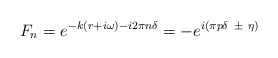
\begin{align*}F_n = e^{-k(r+i\omega ) -i2\pi n\delta} = - e^{i(\pi p\delta \ \pm\ \eta)}\end{align*}